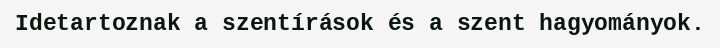
Idetartoznak a szentírások és a szent hagyományok.